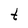
Character: t